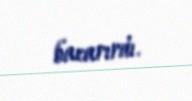
bacarırdı.